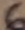
Text: 6